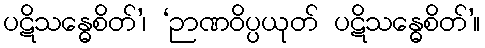
ပဋိသန္ဓေစိတ်’၊ ‘ဉာဏဝိပ္ပယုတ် ပဋိသန္ဓေစိတ်’။